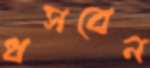
ধসবেন